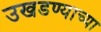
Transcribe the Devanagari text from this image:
उखडण्याच्या